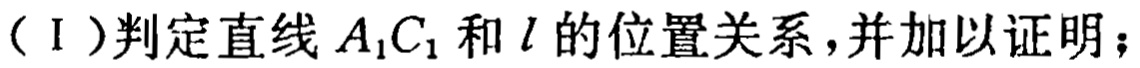
（I）判定直线 \(A_{1}C_{1}\) 和 \(l\) 的位置关系，并加以证明；